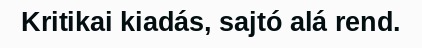
Kritikai kiadás, sajtó alá rend.